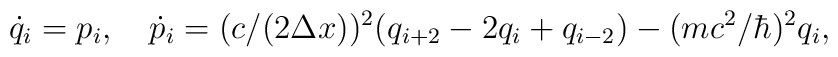
\dot q_i = p_i, \quad \dot p_i =(c/(2\Delta x))^2(q_{i + 2} - 2q_i + q_{i - 2}) -(mc^2/\hbar)^2 q_i,